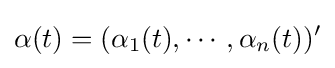
\alpha (t)=(\alpha _{1}(t),\cdots ,\alpha _{n}(t))'